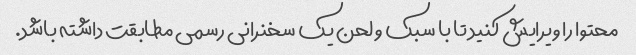
محتوا را ویرایش کنید تا با سبک و لحن یک سخنرانی رسمی مطابقت داشته باشد.